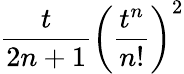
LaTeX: {\frac{t}{2n+1}}\left({\frac{t^{n}}{n!}}\right)^{2}